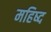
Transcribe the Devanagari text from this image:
महिष्द